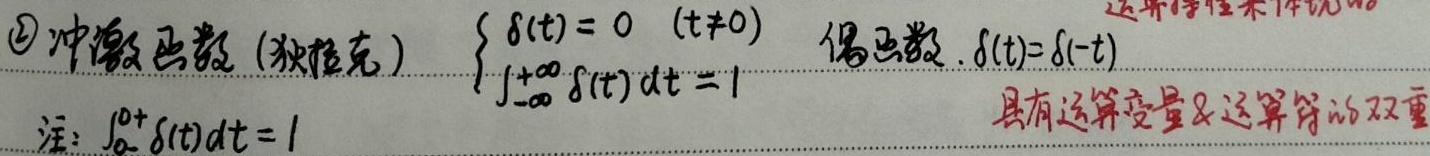
\textcircled{2} 冲激函数 (狄拉克)
\(\begin{cases}\delta(t)=0 & (t\neq0) \\ \int_{-\infty}^{+\infty}\delta(t)dt = 1\end{cases}\)
是偶函数，\(\delta(t)=\delta(-t)\)。注: \(\int_{0^{-}}^{0^{+}}\delta(t)dt = 1\) ，具有运算变量及运算符的双重  (此处最后“双重”后内容不全)